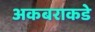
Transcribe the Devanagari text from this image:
अकबराकडे